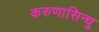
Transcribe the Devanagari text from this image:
करुणासिन्धु